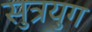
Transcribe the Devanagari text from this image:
सुत्रयुग